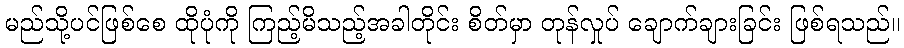
မည်သို့ပင်ဖြစ်စေ ထိုပုံကို ကြည့်မိသည့်အခါတိုင်း စိတ်မှာ တုန်လှုပ် ချောက်ချားခြင်း ဖြစ်ရသည်။